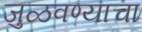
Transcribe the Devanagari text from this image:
जुळवण्याचा